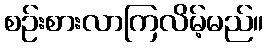
စဉ်းစားလာကြလိမ့်မည်။